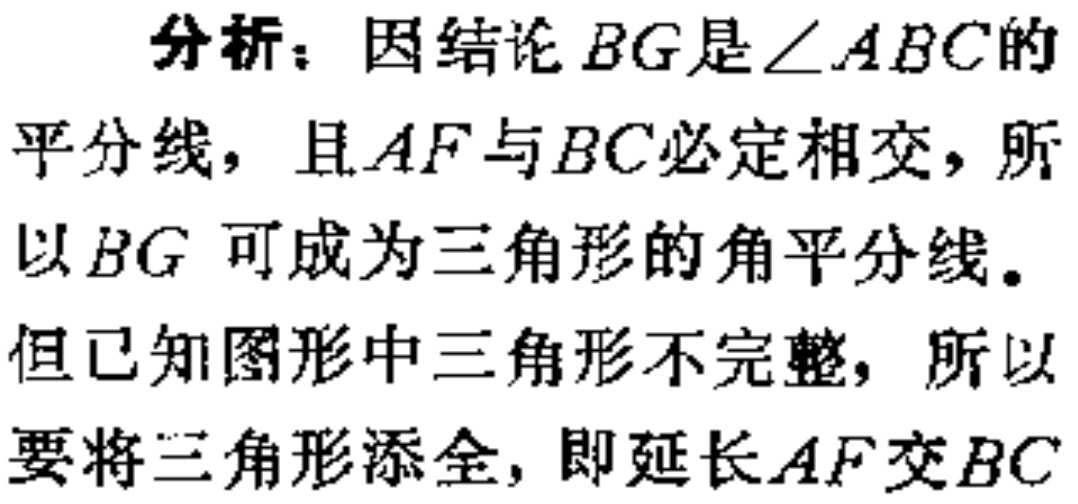
分析：因结论 \(BG\)是\(\angle ABC\)的平分线，且\(AF\)与\(BC\)必定相交，所以 \(BG\) 可成为三角形的角平分线。但已知图形中三角形不完整，所以要将三角形添全，即延长\(AF\)交\(BC\)